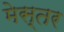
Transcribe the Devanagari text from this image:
मेस्तर